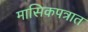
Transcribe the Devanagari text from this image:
मासिकपत्रात